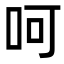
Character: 呵